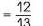
$$= \frac { 1 2 } { 1 3 }$$